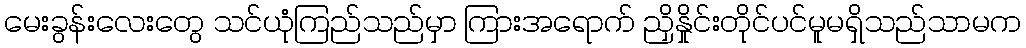
မေးခွန်းလေးတွေ သင်ယုံကြည်သည်မှာ ကြားအရောက် ညှိနှိုင်းတိုင်ပင်မူမရှိသည်သာမက